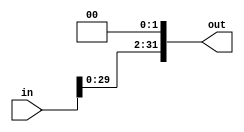
`timescale 1ns / 1ps
//////////////////////////////////////////////////////////////////////////////////
// Company: 
// Engineer: 
// 
// Design Name: 
// Module Name: slt
// Project Name: 
// Target Devices: 
// Tool Versions: 
// Description: 
// 
// Dependencies: 
// 
// Revision:
// Revision 0.01 - File Created
// Additional Comments:
// 
//////////////////////////////////////////////////////////////////////////////////
module slt (
    input wire [31:0]   in,
    output wire [31:0]  out
);
    
    assign  out = {in[29:0], 2'b00};//300

endmodule